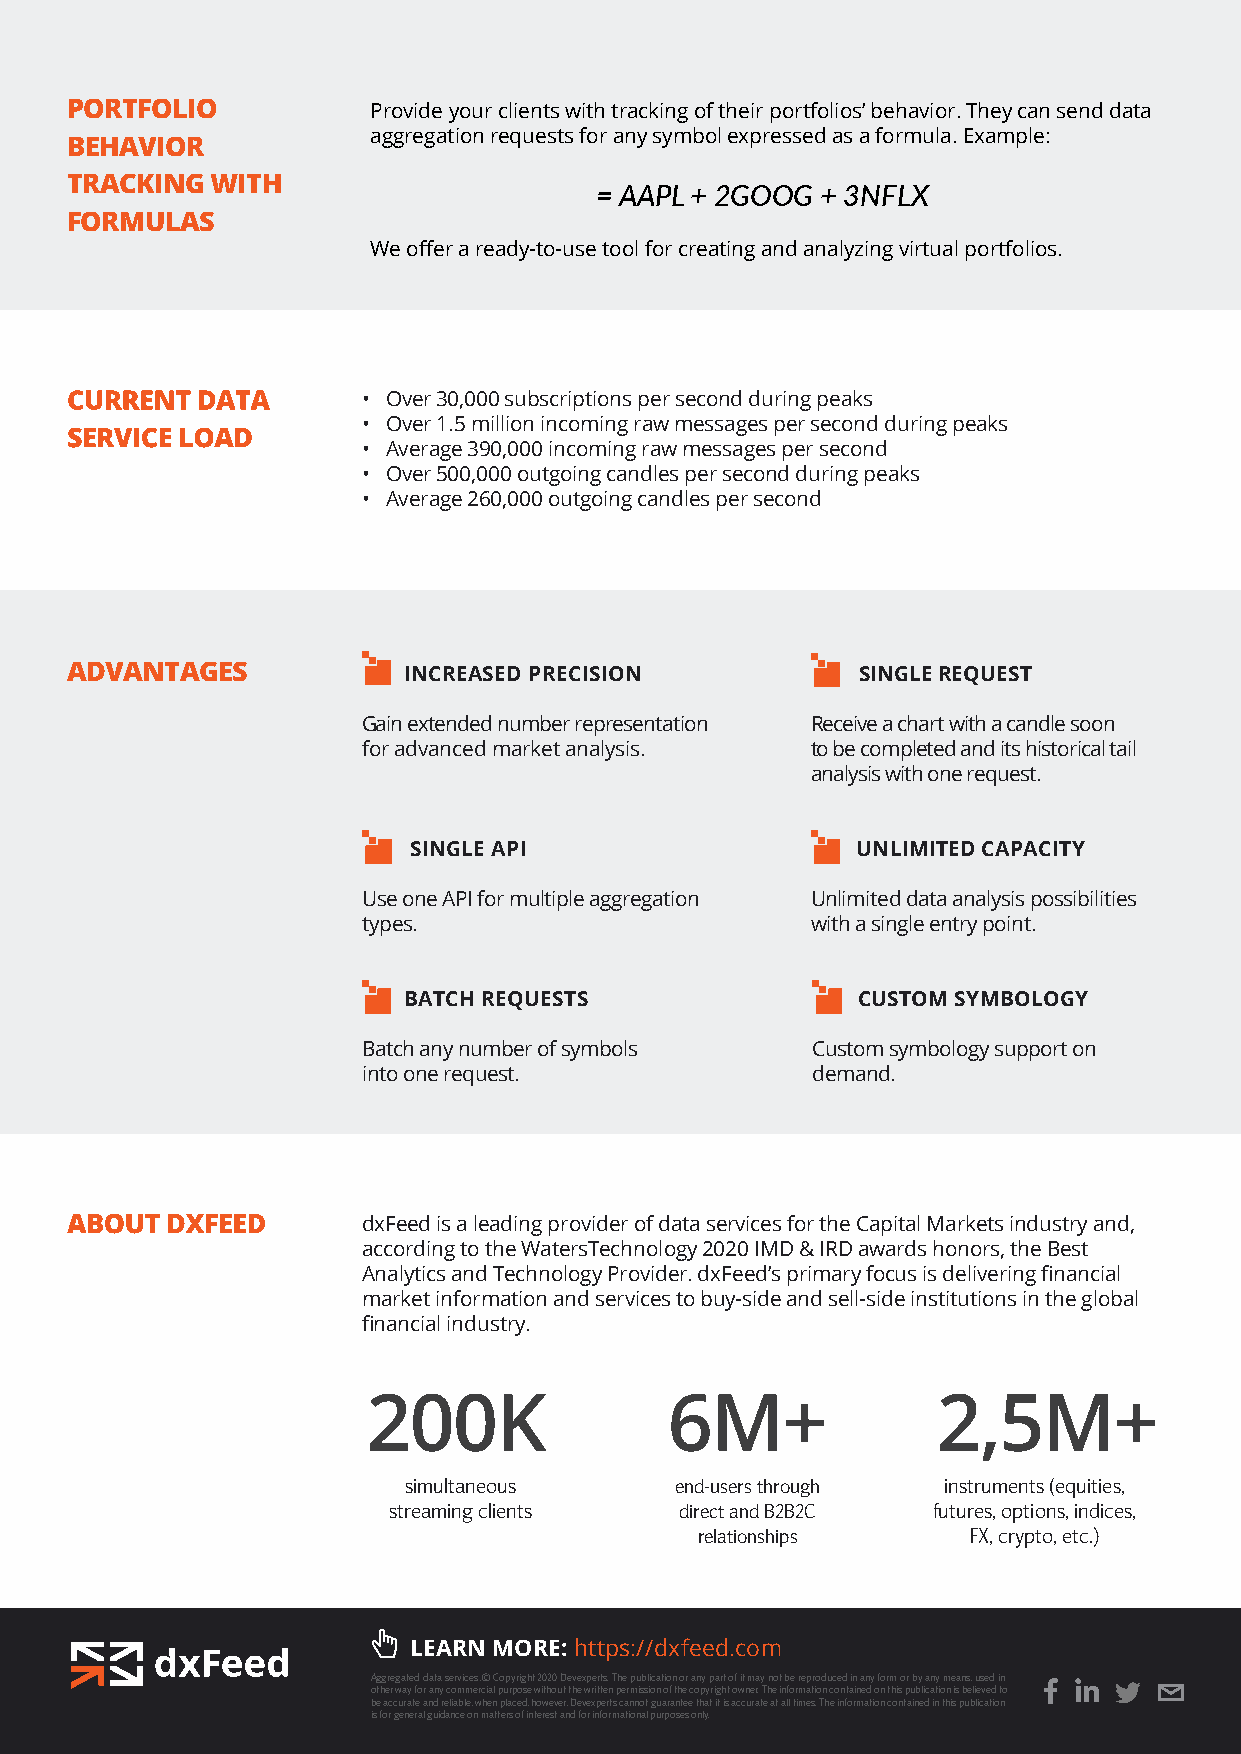
PORTFOLIO            Provide your clients with tracking of their portfolios’ behavior. They can send data
 aggregation requests for any symbol expressed as a formula. Example:
 BEHAVIOR
 TRACKING  WITH
 = AAPL + 2GOOG + 3NFLX
 FORMULAS
 We offer a ready-to-use tool for creating and analyzing virtual portfolios.
 • Over 30,000 subscriptions per second during peaks
 • Over 1.5 million incoming raw messages per second during peaks
 • Average 390,000 incoming raw messages per second
 • Over 500,000 outgoing candles per second during peaks
 • Average 260,000 outgoing candles per second
 ADVANTAGES             INCREASED PRECISION           SINGLE REQUEST
 Gain extended number representation Receive a chart with a candle soon
 for advanced market analysis. to be completed and its historical tail
 analysis with one request.
 SINGLE API                    UNLIMITED CAPACITY
 Use one API for multiple aggregation Unlimited data analysis possibilities
 types.                        with a single entry point.
 BATCH REQUESTS                CUSTOM SYMBOLOGY
 Batch any number of symbols   Custom symbology support on
 into one request.             demand.
 dxFeed is a leading provider of data services for the Capital Markets industry and,
 according to the WatersTechnology 2020 IMD & IRD awards honors, the Best
 Analytics and Technology Provider. dxFeed’s primary focus is delivering financial
 market information and services to buy-side and sell-side institutions in the global
 financial industry.
 200K                6M+               2,5M+
 +
 simultaneous      end-users through instruments (equities,
 streaming clients  direct and B2B2C futures, options, indices,
 relationships     FX, crypto, etc.)
 LEARN MORE: https://dxfeed.com
 Aggregated data services. © Copyright 2020 Devexperts. The publication or any part of it may not be reproduced in any form or by any means, used in
 other way for any commercial purpose without the written permission of the copyright owner. The information contained on this publication is believed to
 be accurate and reliable, when placed, however, Devexperts cannot guarantee that it is accurate at all times. The information contained in this publication
 is for general guidance on matters of interest and for informational purposes only.